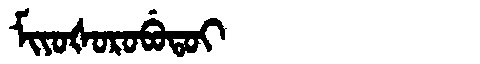
Manchu: ᠮᡳᠶᠣᡧᠣᡵᠣᠪᡠᡨᠣᡳ
Romanization: MIYOŠOROBUTOI